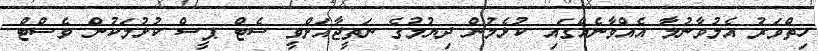
ހިތްވަރު އެލުވާނުލާ އެއްވާނެއްގައި ކުޅެމުން ދިޔުމުގެ ނަތީޖާއަށްވީ ސެޓް ޕީސް ކުޅުމަކުން ވެސްޓް